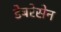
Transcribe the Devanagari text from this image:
डेबरेसेन